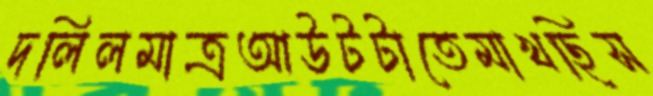
দলিলমাত্রআউটটাতেমাখছিস